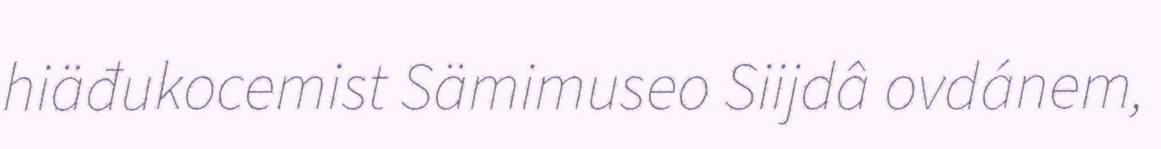
hiäđukocemist Sämimuseo Siijdâ ovdánem,